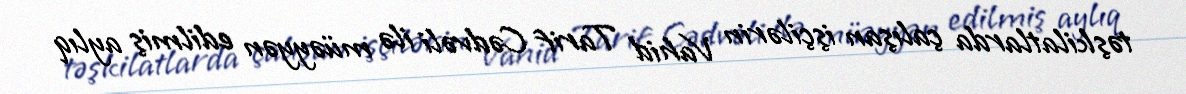
təşkilatlarda çalışan işçilərin Vahid Tarif Cədvəli ilə müəyyən edilmiş aylıq